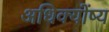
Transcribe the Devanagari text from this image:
अधिक्योंष्य